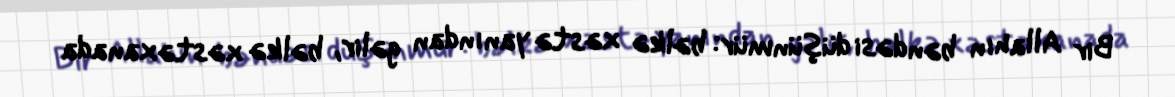
Bir Allahın bəndəsi düşünmür: bəlkə xəstə yanından gəlir, bəlkə xəstəxanada